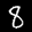
Label: 8